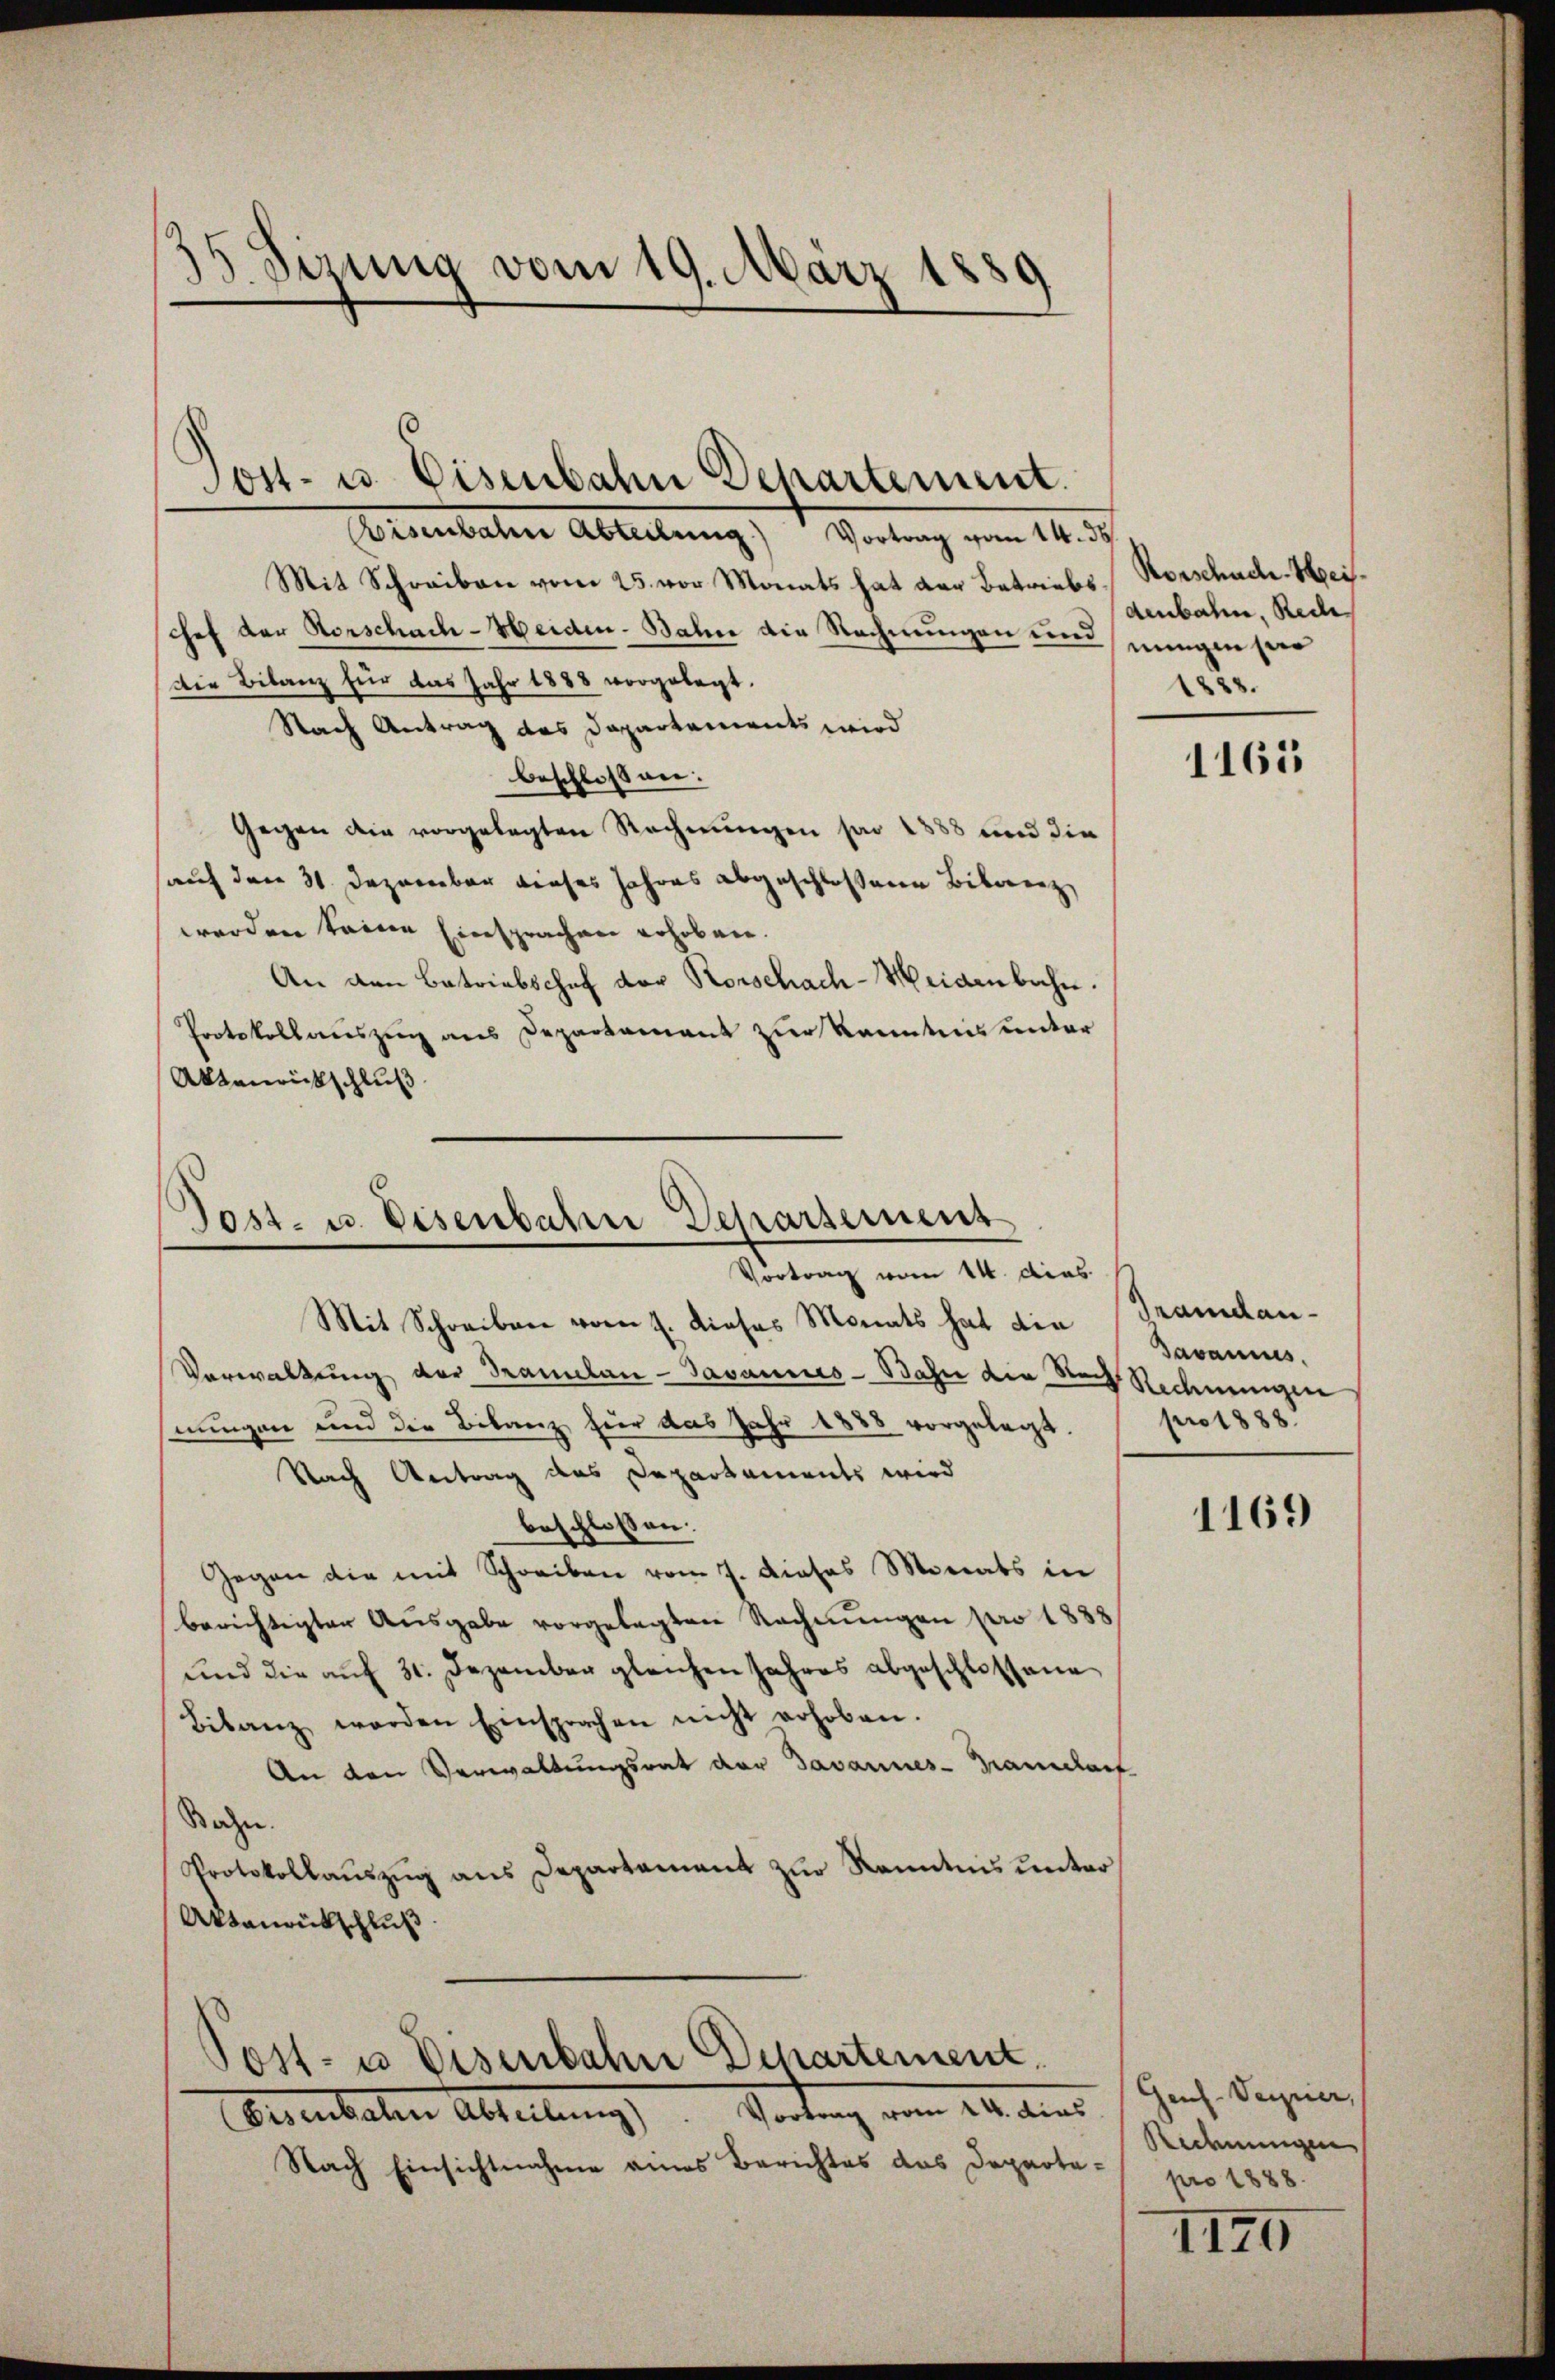
35 Sizung vom 19. März 1889

Post- u. Eisenbahn Departement.

Eisenbahne Abteilung) Vortrag vom 14. ds.
Mit Schreiben vom 25. vor Monats hat der Betriebs-Vorschach-Heichef der Vorschach-Heiden-Bahne die Rechnungen und eingen sein
Die Bilanz für das Jahr 1888 vorgelegt.
Nach Antrag des Departements wird
beschlossen:
Gegen die vorgelegten Rechnungen par 1888 und die
auf den 31. Dezember dieses Jahres abgeschlossene Biblenz,
werden keine Einsprachen erhoben.
An den Betriebschef der Rorschach-Weidenbahn.
Protokollauszug aus Departament zur Kenntnis unter
Altanickschluß

Post- u. Eisenbahn Departement
Vortrag vom 14. dies
Mit Schreiben vom 1. dieses Monats hat die Grandan¬

Post- u Eisenbahn Dechartement.

Eisenbahnen Abtellung), Portung vom 14. dies
Nach Einsichtnahme eines Berichtes das Departe¬

denbahn, Rech
1828.

Verwaltung der Tramelan-Javannes-Bahn die Nach Rechnungen
nungen und die Bilanz hier das Jahr 1888 vorgelegt.
Nach Antrag des Departements wird
beschlossen:
Gegen die mit Schreiben vom 7. dieses Monats in
berichtigter Ausgabe vorgelegten Rechnungen pro 1888
und die aŭf 31. Dezember gleichen Jahres abgeschlossene
Bilanz werden Einsprachen nicht erhoben.
An den Verwaltungsrat der Javannes-Transcharf
Sachen.
Protokollaŭszŭg ans Departement zŭr Kenntnis ŭnter
Attanrückschluß

1165

Bavanes.
pro 1888.

1169

Gens-Verzier,
Ridmungen
pro 1888.

1170